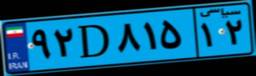
۱۲D۳۶۴۶۹